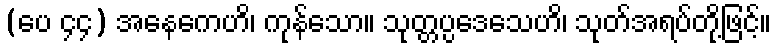
(ပေ ၄၄) အနေကေဟိ၊ ကုန်သော။ သုတ္တပ္ပဒေသေဟိ၊ သုတ်အရပ်တို့ဖြင့်။